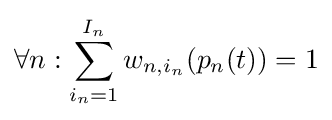
\forall n:\sum _{i_{n}=1}^{I_{n}}w_{n,i_{n}}(p_{n}(t))=1